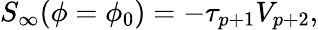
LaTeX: S_{\infty}(\phi=\phi_{0})=-\tau_{p+1}V_{p+2},